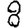
Digit: 8